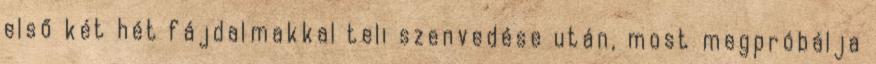
első két hét fájdalmakkal teli szenvedése után, most megpróbálja